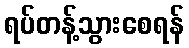
ရပ်တန့်သွားစေရန်